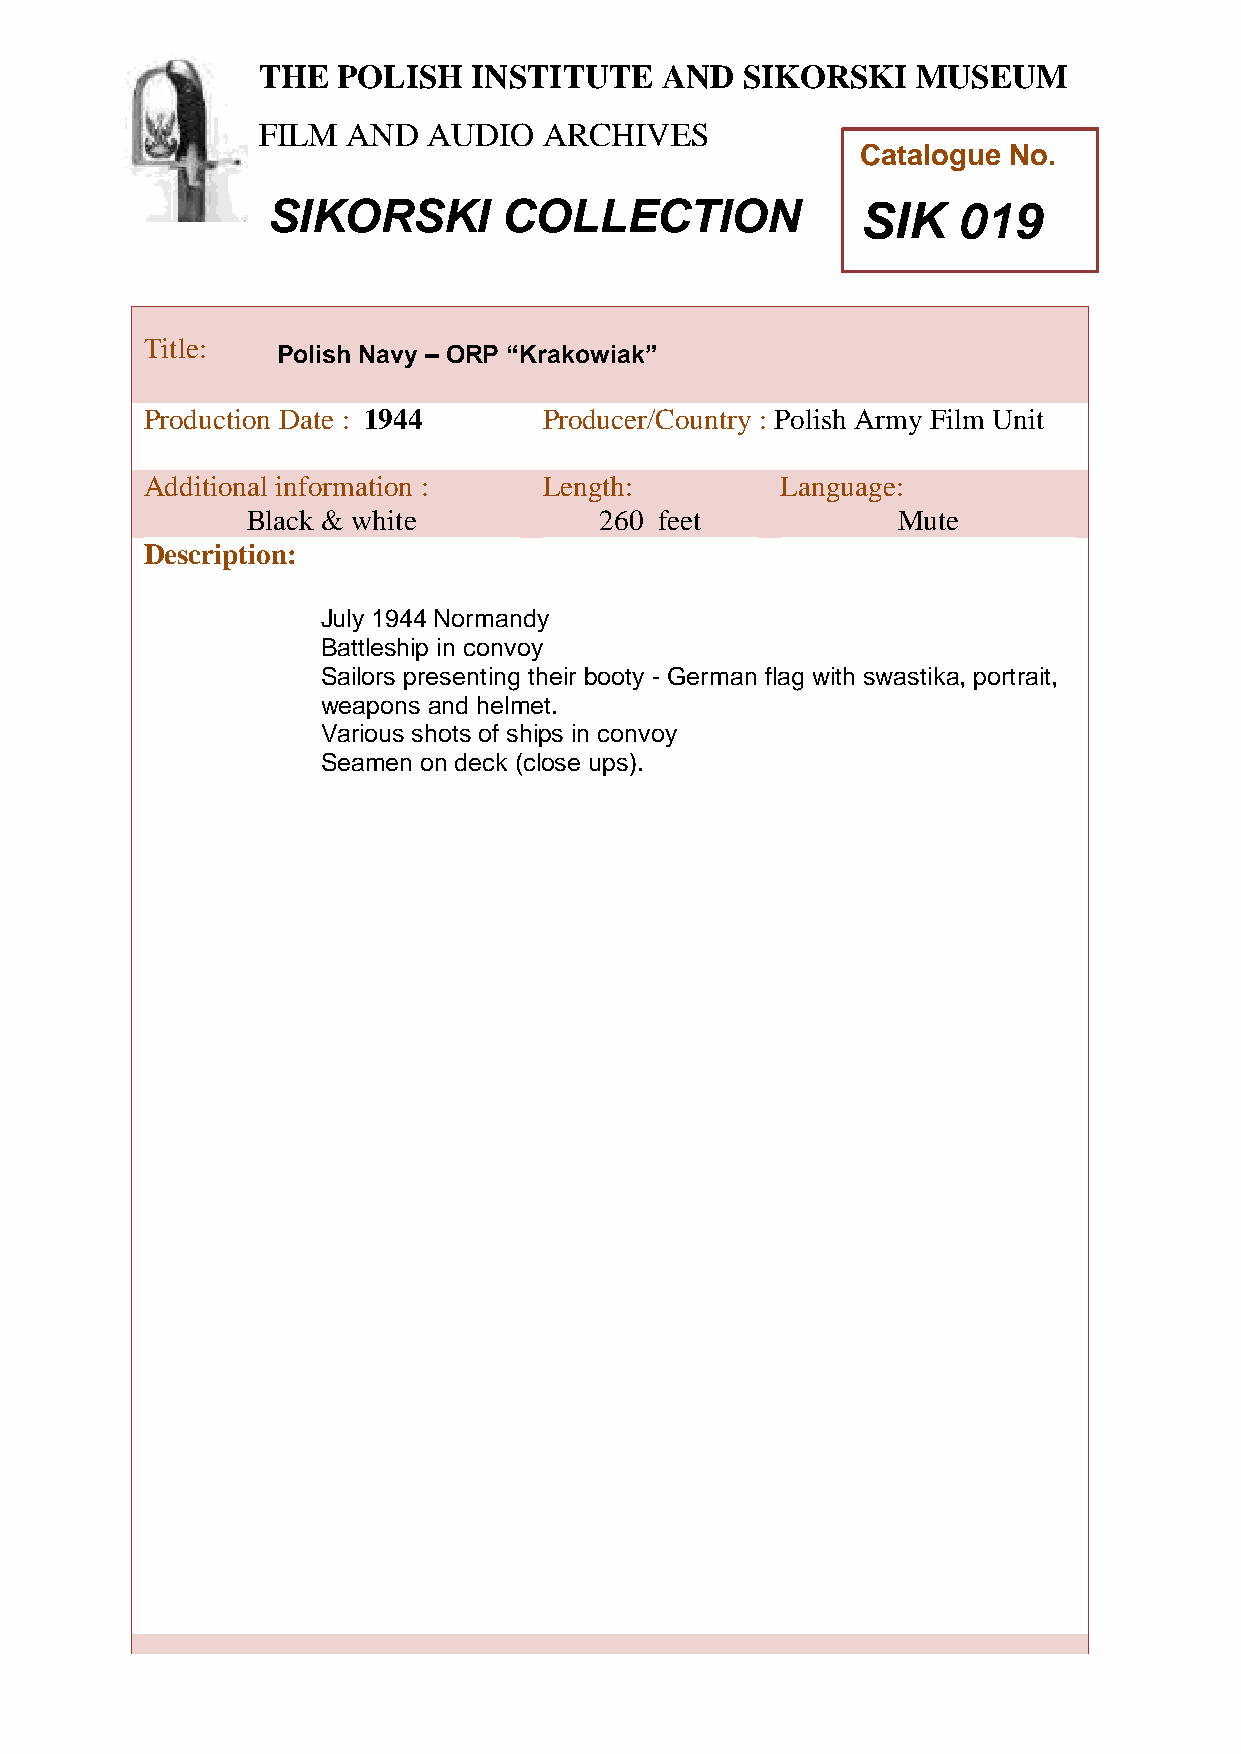
THE  POLISH   INSTITUTE    AND  SIKORSKI    MUSEUM
 FILM  AND  AUDIO   ARCHIVES
 Catalogue No.
 SIKORSKI       COLLECTION              SIK   019
 TTitle:
 Polish Navy – ORP “Krakowiak”
 h
 Peroduction Date : 1944    Producer/Country : Polish Army Film Unit
 P
 Additional information :   Length:         Language:
 o
 Bllack & white          260 feet           Mute
 i
 Description:
 s
 h
 Ju ly 1944 Normandy
 I
 Battleship in convoy
 n
 Sailors presenting their booty - German flag with swastika, portrait,
 s
 weapons and helmet.
 t
 Various shoits of ships in convoy
 t
 Seamen on deck (close ups).
 u
 t
 e
 a
 n
 d
 S
 i
 k
 o
 r
 s
 k
 i
 M
 u
 s
 e
 u
 m